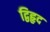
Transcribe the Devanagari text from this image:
द्विहृद